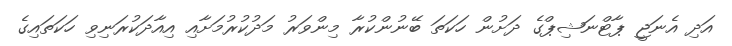
އަދި އެނަޖީ ޕާޓްނަޝިޕްގެ ދަށުން ހަކަތަ ބޭނުންކުރާ މިންވަރު މަދުކުރުމަށާއި އިއާދަކުރަނިވި ހަކަތައިގެ